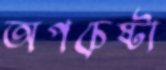
অপচেষ্টা